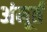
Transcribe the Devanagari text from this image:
अंमूर्त